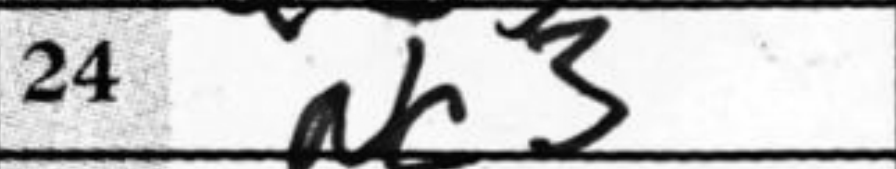
Transcription: Nc3